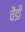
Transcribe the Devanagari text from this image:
चैंडी